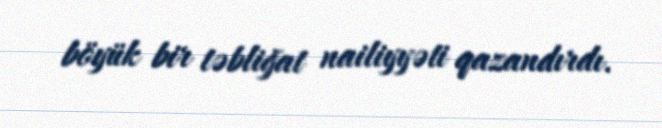
böyük bir təbliğat nailiyyəti qazandırdı.